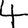
Digit: 4